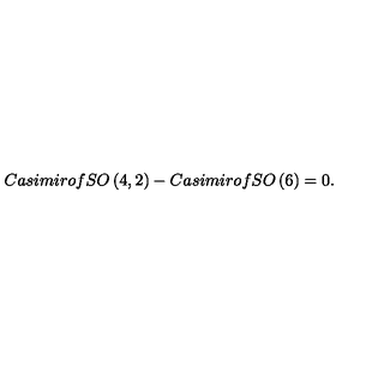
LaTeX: C a s i m i r o f S O \left( 4 , 2 \right) - C a s i m i r o f S O \left( 6 \right) = 0 .